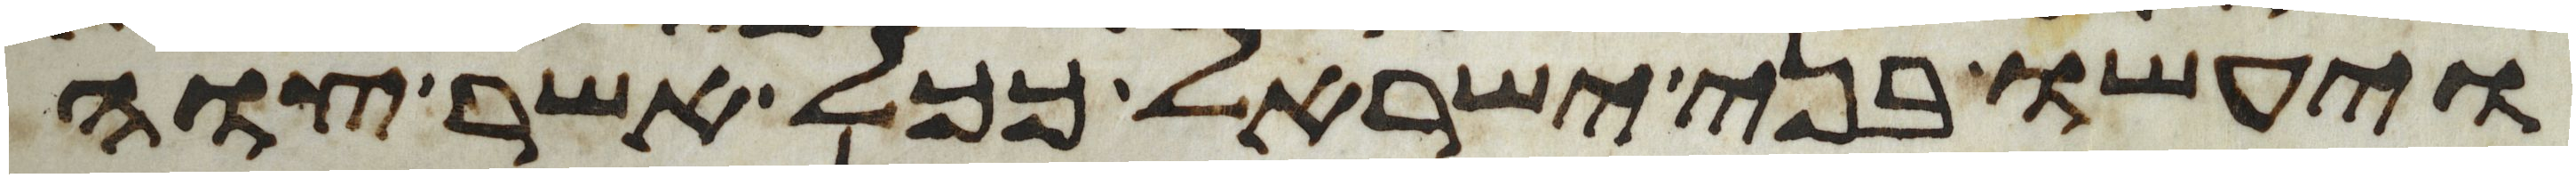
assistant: ויעשו בני ישראל ככל אשר צוה